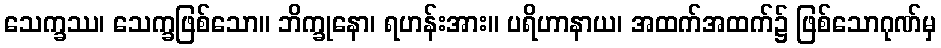
သေက္ခဿ၊ သေက္ခဖြစ်သော။ ဘိက္ခုနော၊ ရဟန်းအား။ ပရိဟာနာယ၊ အထက်အထက်၌ ဖြစ်သောဂုဏ်မှ